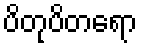
ပိတုပိတရော